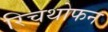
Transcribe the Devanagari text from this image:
रिचथोफन